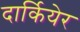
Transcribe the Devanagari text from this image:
दार्कियेर